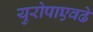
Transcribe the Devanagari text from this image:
युरोपाएवढे